Calcutta medical institutions reports 1871-78
Year: 1871
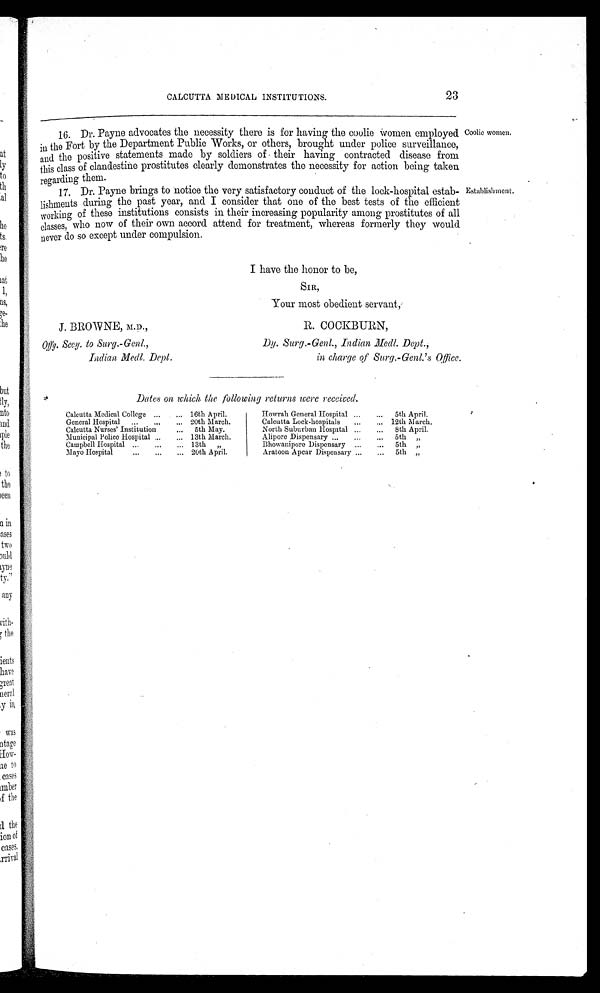
CALCUTTA MEDICAL INSTITUTIONS.
23
16. Dr. Payne advocates the necessity there is for having the coolie women employed
in the Fort by the Department Public Works, or others, brought under police surveillance,
and the positive statements made by soldiers of their having contracted disease from
this class of clandestine prostitutes clearly demonstrates the necessity for action being taken
regarding them.
17. Dr. Payne brings to notice the very satisfactory conduct of the lock-hospital estab
-lishments during the past year, and I consider that one of the best tests of the efficient
working of these institutions consists in their increasing popularity among prostitutes of all
classes, who now of their own accord attend for treatment, whereas formerly they would
never do so except under compulsion.
I have the honor to be,
SIR,
Your most obedient servant,
J. BROWNE, M.D.,
R. COCKBURN,
Offg. Secy. to Surg.-Genl., Dy. Surg.-Genl., Indian .Medl. Dept.,
Indian Medl. Dept. in charge of Sury.-Genl.'s Office
Dates on which the following returns were received.
Calcutta Medical College
16th April.
Howrah General Hospital
5th April.
General Hospital
20th March.
Calcutta Lock-hospitals
12th March.
Calcutta Nurses' Institution
5th May.
North Suburban Hospital
8th April.
Municipal Police Hospital
13th March.
Alipore Dispensary
5th ,,
Campbell Hospital
13th ,,
Bhowanipore Dispensary
5th „
Mayo Hospital
20th April.
Aratoon Apcar Dispensary
5th „
Coolie women.
Establishment.